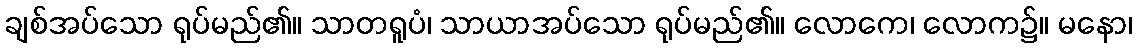
ချစ်အပ်သော ရုပ်မည်၏။ သာတရူပံ၊ သာယာအပ်သော ရုပ်မည်၏။ လောကေ၊ လောက၌။ မနော၊